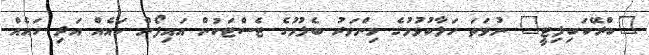
"ބްރޭކަބިލިޓީ" ނުވަތަ ހަލާކުވުމުގެ މިންވަރު ބެލުމުގެ ޓެސްޓަކުން އައިފޯން ހައެއް އަދި ހައެއް